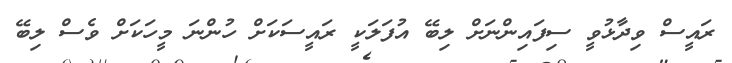
ރައީސް ވިދާޅުވީ ސިފައިންނަށް ލިބޭ އުފަލަކީ ރައީސަކަށް ހުންނަ މީހަކަށް ވެސް ލިބޭ